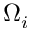
\Omega _ { i }